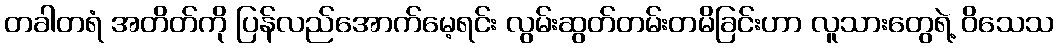
တခါတရံ အတိတ်ကို ပြန်လည်အောက်မေ့ရင်း လွမ်းဆွတ်တမ်းတမိခြင်းဟာ လူသားတွေရဲ့ ဝိသေသ